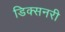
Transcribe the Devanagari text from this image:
डिक्सनरी